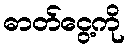
ဓာတ်ငွေ့ကို